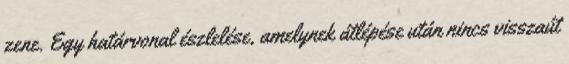
zene. Egy határvonal észlelése, amelynek átlépése után nincs visszaút